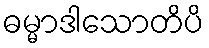
ဓမ္မာဒါသောတိပိ